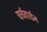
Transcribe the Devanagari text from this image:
चर्चवार्डन